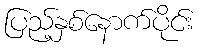
ပြည့်နှစ်နောက်ပိုင်း